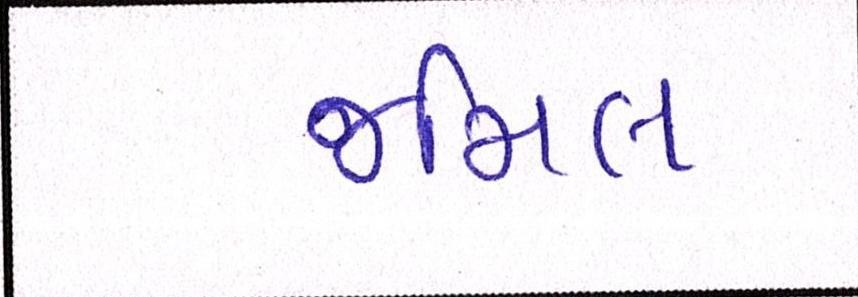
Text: જમિલ